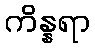
ကိန္နရာ